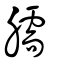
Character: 臑